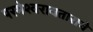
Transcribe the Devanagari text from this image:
परमेश्वरावताराचे